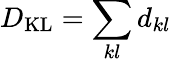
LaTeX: D_{\mathrm{KL}}=\sum_{kl}d_{kl}